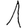
Digit: 1